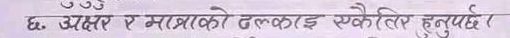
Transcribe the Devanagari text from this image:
६. अक्षर र मात्राको तलका ई स्केनरे हुनुपर्छ ?